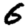
Digit: 6